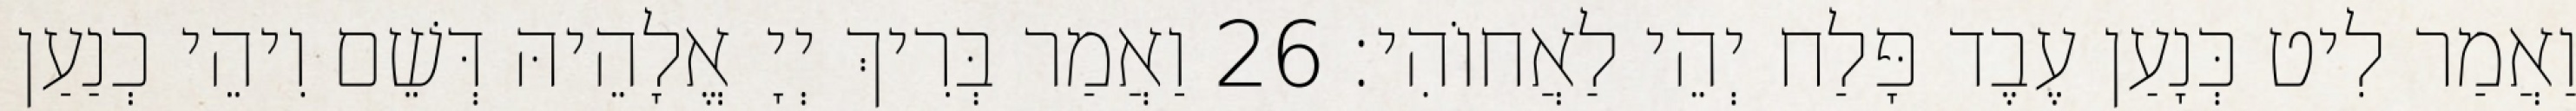
וַאֲמַר לִיט כְּנָעַן עֶבֶד פָּלַח יְהֵי לַאֲחוֹהִי׃ 26 וַאֲמַר בְּרִיךְ יְיָ אֱלָהֵיהּ דְּשֵׁם וִיהֵי כְנַעַן